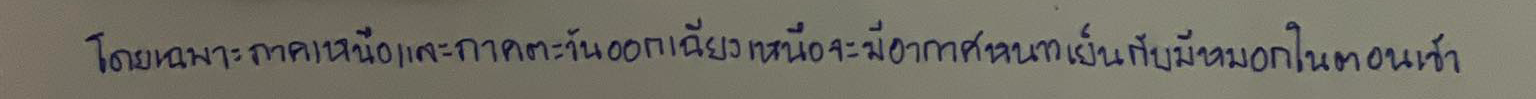
โดยเฉพาะภาคเหนือและภาคตะวันออกเฉียงเหนือจะมีอากาศหนาวเย็นกับมีหมอกในตอนเช้า